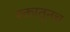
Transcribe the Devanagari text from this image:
रक्तातूनच